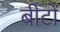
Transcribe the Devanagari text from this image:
बीटों